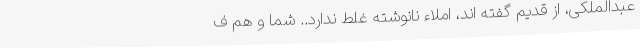
عبدالملکی، از قدیم گفته اند، املاء نانوشته غلط ندارد.. شما و هم ف